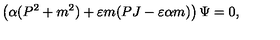
\left( \alpha ( P ^ { 2 } + m ^ { 2 } ) + \varepsilon m ( P J - \varepsilon \alpha m ) \right) \Psi = 0 ,